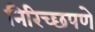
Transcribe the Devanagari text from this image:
निरिच्छपणे